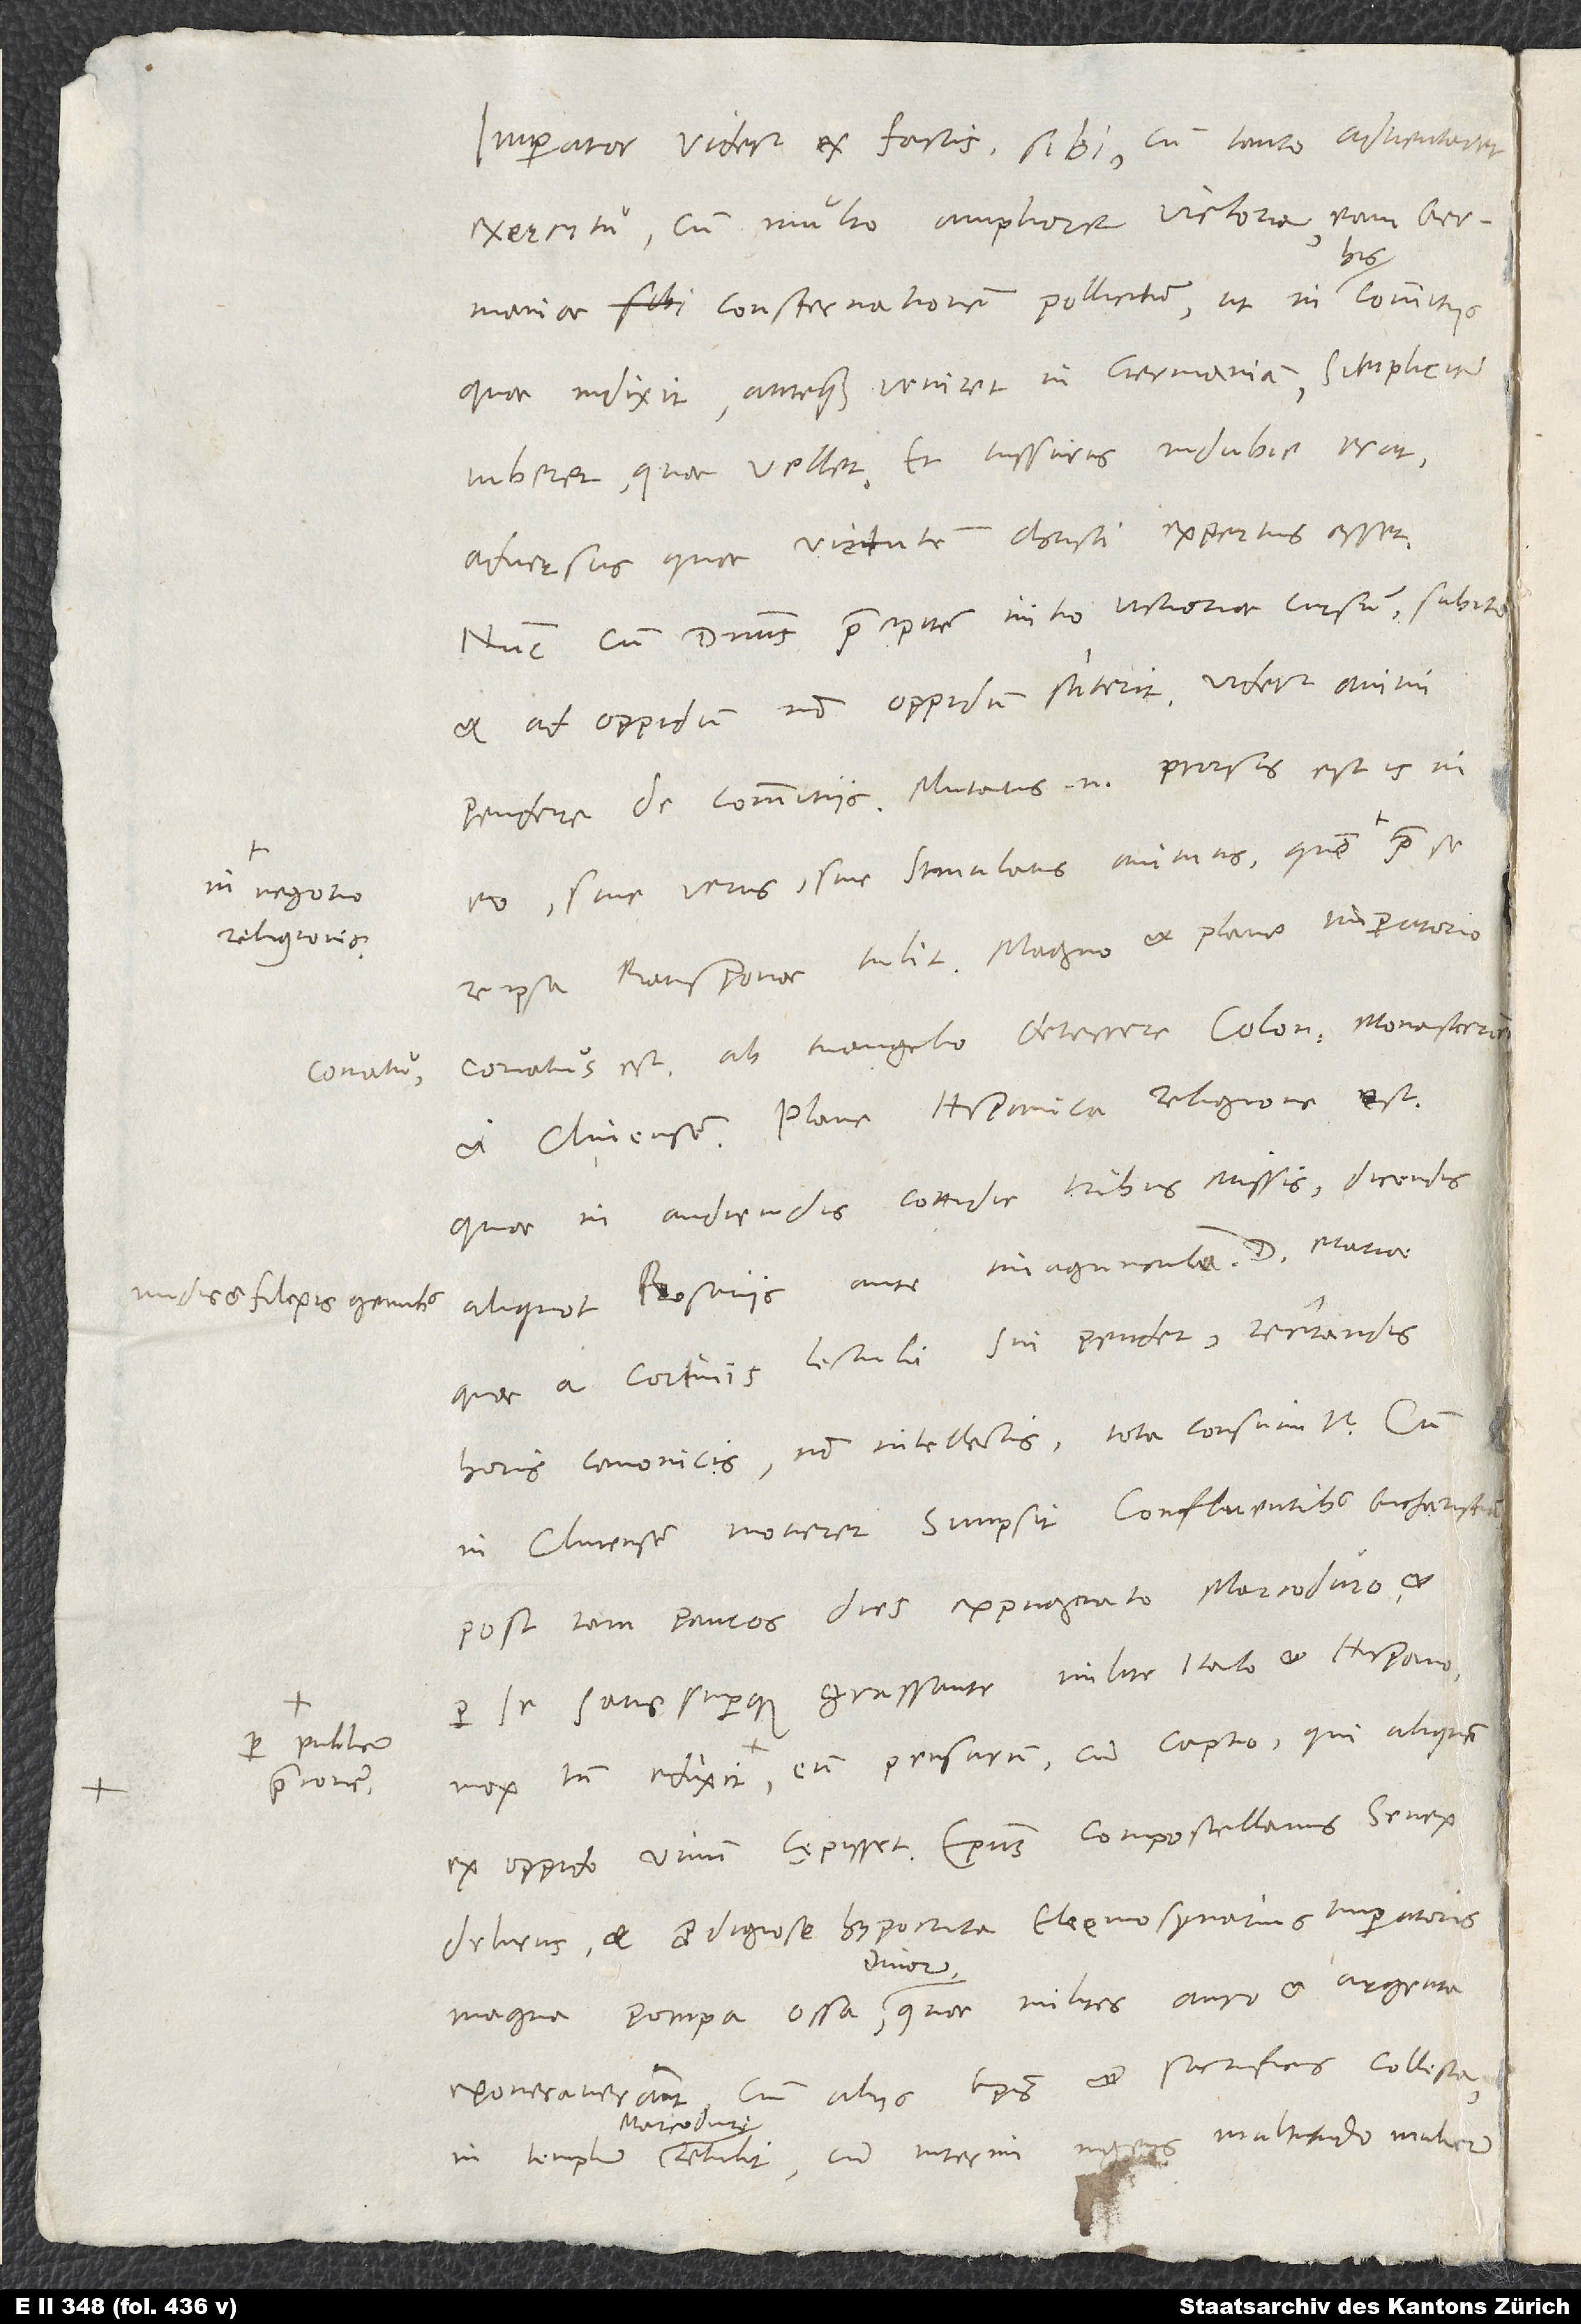
in negotio
indies et flexis genubus
per publicum
praeconem

Imperator videtur ex factis sibi, cum tanto adventaret
exercitu, cum multo ampliore victoria, eam Germaniae
consternationem pollicitum, ut in his commitiis,
quae indixit, antequam veniret in Germaniam, simpliciter
iuberet, quae vellet. Et iussurus indubie erat,
adversus quae virtutem Christi expertus esset.
Nunc, cum dominus praecipitem initio victoriae cursum subito
et ad oppidum non oppidum stiterit, videtur animi
pendere de commitiis. Mutatus enim prorsus est is in
eo sive verus sive simulatus animus, quem
re ipsa Ratisponae tulit. Magno et plane imperatorio
conatus est ab evangelio deterrere Coloniensem, Monasteriensem
et Clivensem. Plane Hispanica religione est,
quae in audiendis cottidie tribus missis, dicendis
aliquot rosariis ante imagunculam d Mariae,
quae a cortinis lectuli sui pendet, recitandis
horis canonicis non intellectis tota consumitur. Cum
in Clivensem moveret, sumpsit Confluentibus eucharistiam.
Post tam paucos dies expugnato Marcoduro et
per se satis superque grassante milite Italo et Hispano
ex oppido vivum cępisset. Episcopus Compostellanus, senex
delirus et prodigiose hypocrita, eleemosynarius imperatoris,
exoneraverant, cum aliis episcopis et sacrificis collecta in
Marcoduri